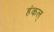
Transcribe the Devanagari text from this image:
हंकल्